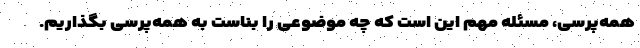
همه‌پرسی، مسئله مهم این است که چه موضوعی را بناست به همه‌پرسی بگذاریم.